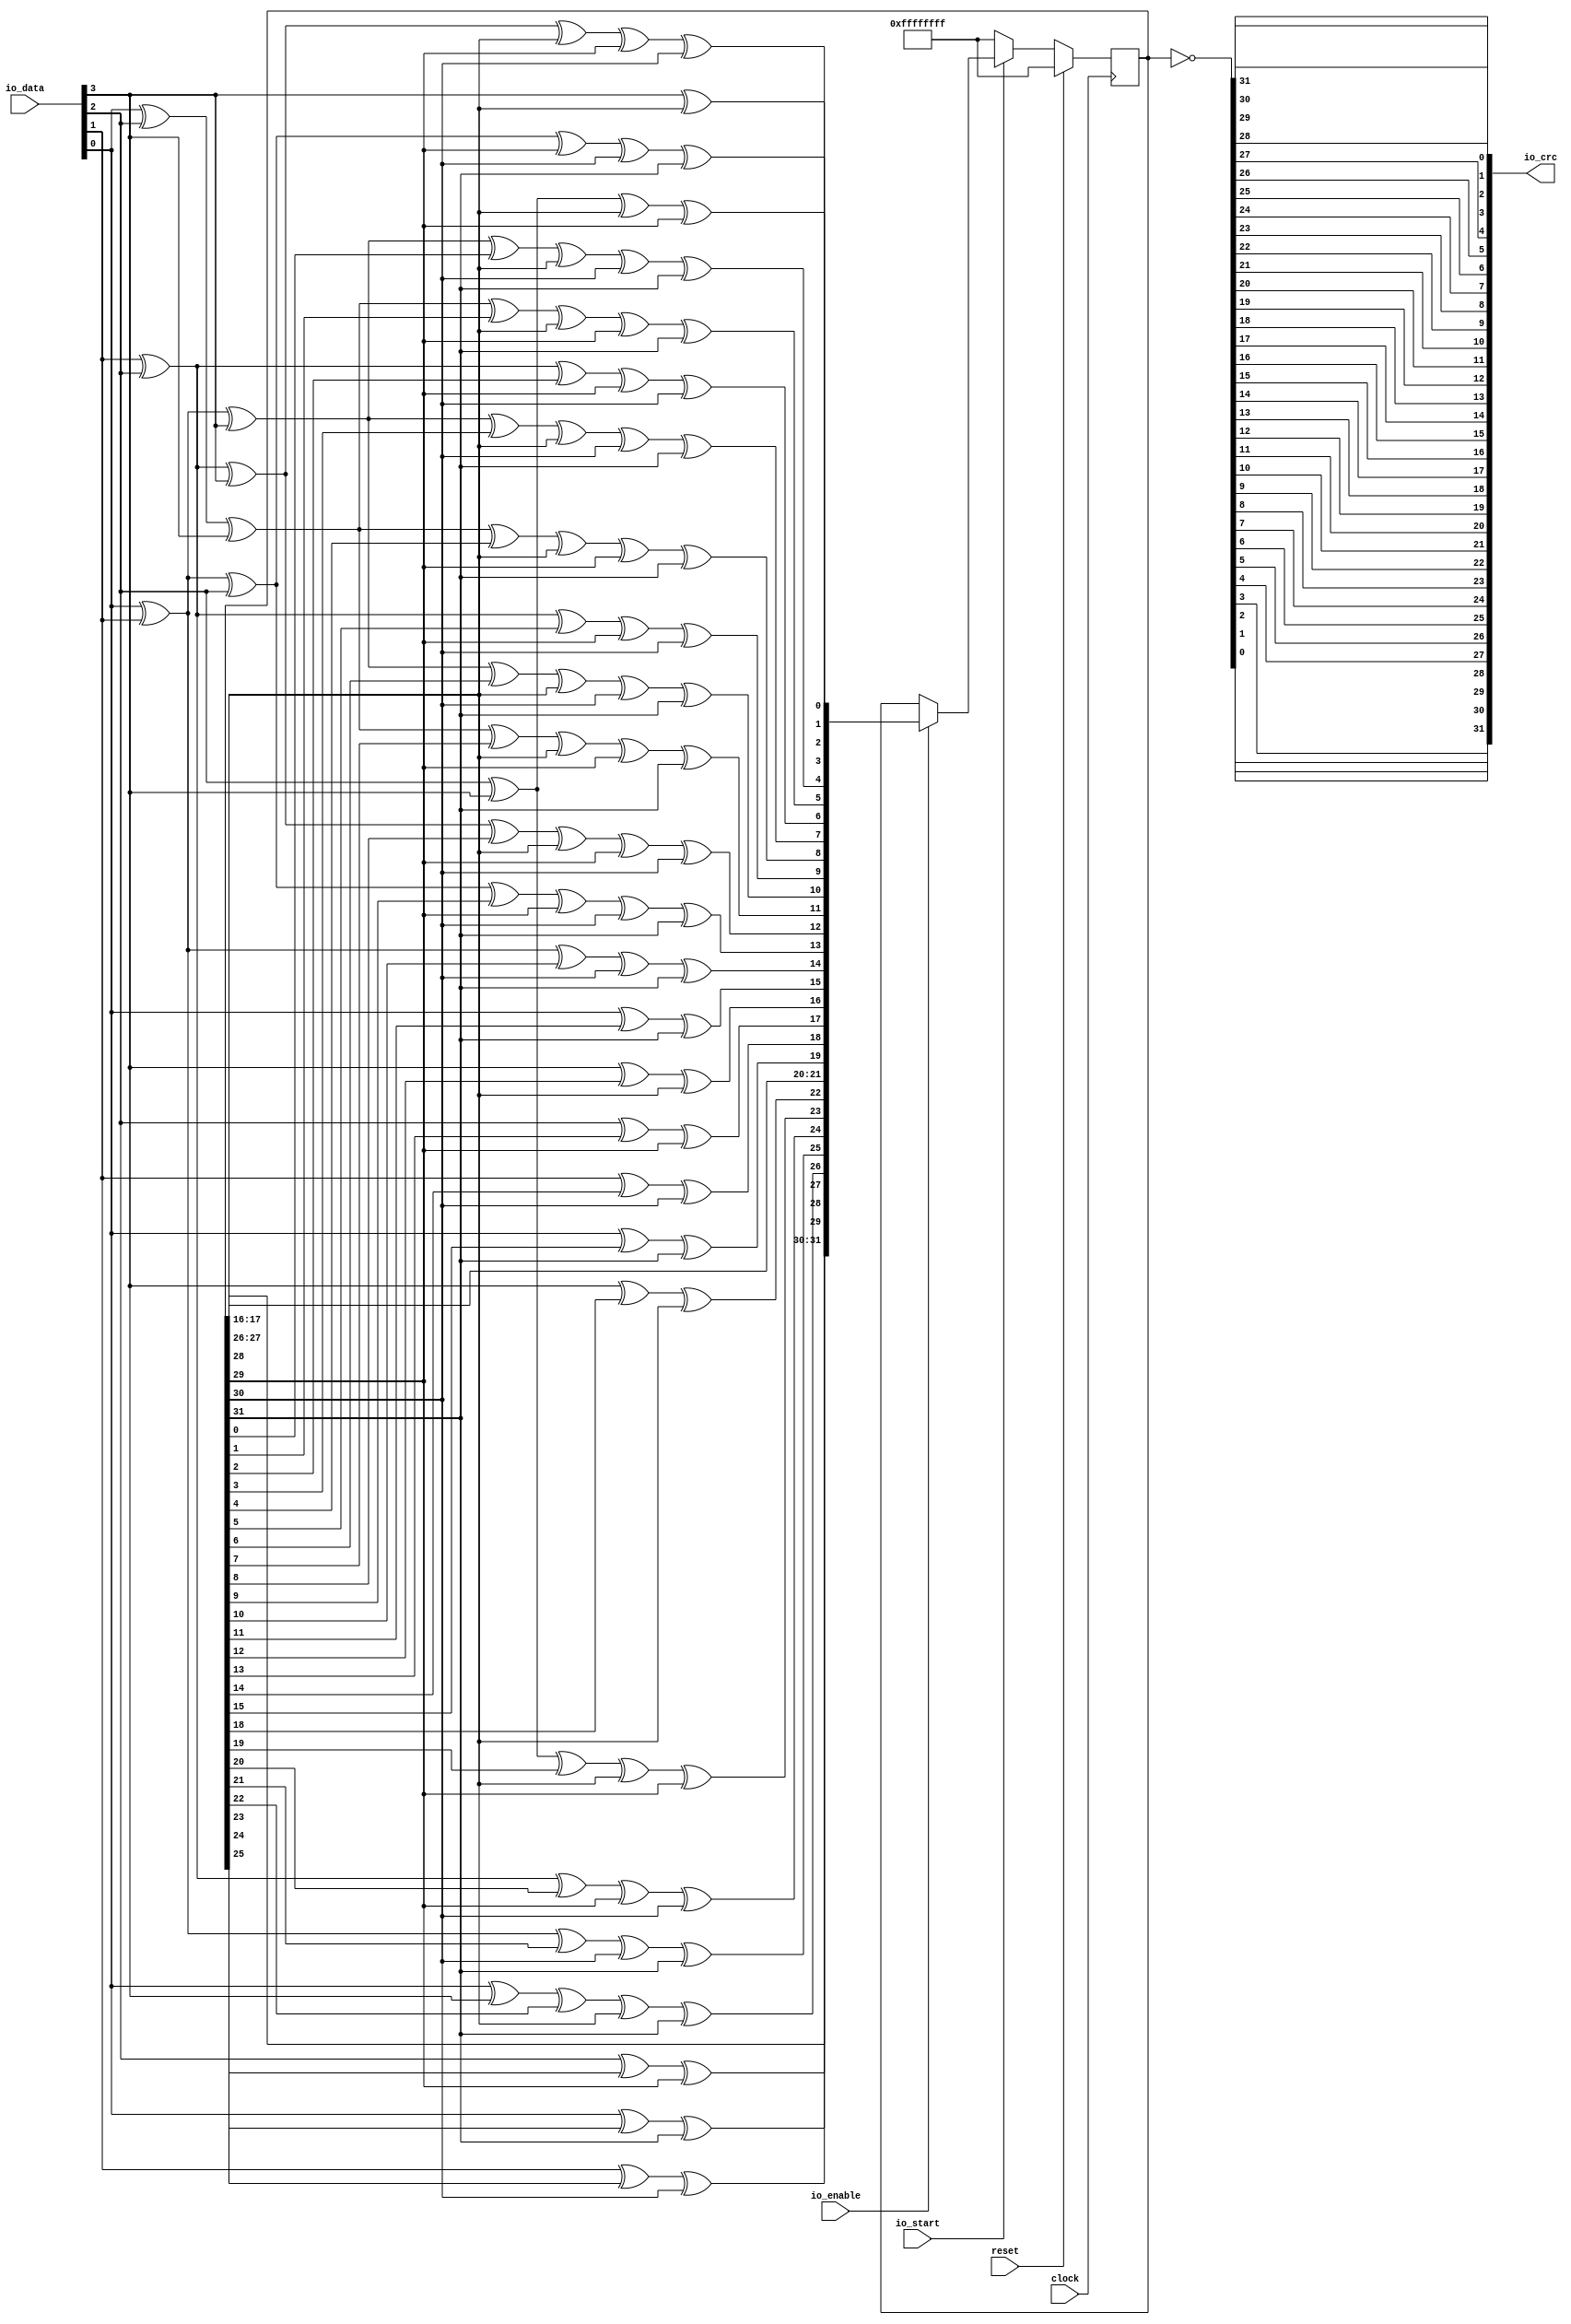
module EthCRC32_4bit(
  input         clock,
  input         reset,
  input  [3:0]  io_data,
  input         io_enable,
  input         io_start,
  output [31:0] io_crc
);
  reg [31:0] c; // @[EthFcsPadding.scala 179:18]
  wire  _T_1; // @[EthFcsPadding.scala 183:19]
  wire  _T_2; // @[EthFcsPadding.scala 183:31]
  wire  _T_3; // @[EthFcsPadding.scala 183:43]
  wire  _T_4; // @[EthFcsPadding.scala 183:54]
  wire [3:0] d; // @[Cat.scala 29:58]
  wire  _T_8; // @[EthFcsPadding.scala 185:18]
  wire  _T_9; // @[EthFcsPadding.scala 185:25]
  wire  newcrc_0; // @[EthFcsPadding.scala 185:22]
  wire  _T_11; // @[EthFcsPadding.scala 186:18]
  wire  _T_13; // @[EthFcsPadding.scala 186:22]
  wire  _T_15; // @[EthFcsPadding.scala 186:30]
  wire  _T_16; // @[EthFcsPadding.scala 186:41]
  wire  newcrc_1; // @[EthFcsPadding.scala 186:38]
  wire  _T_18; // @[EthFcsPadding.scala 187:18]
  wire  _T_20; // @[EthFcsPadding.scala 187:22]
  wire  _T_22; // @[EthFcsPadding.scala 187:30]
  wire  _T_24; // @[EthFcsPadding.scala 187:38]
  wire  _T_26; // @[EthFcsPadding.scala 187:46]
  wire  _T_27; // @[EthFcsPadding.scala 187:57]
  wire  newcrc_2; // @[EthFcsPadding.scala 187:54]
  wire  _T_29; // @[EthFcsPadding.scala 188:18]
  wire  _T_31; // @[EthFcsPadding.scala 188:22]
  wire  _T_33; // @[EthFcsPadding.scala 188:30]
  wire  _T_35; // @[EthFcsPadding.scala 188:38]
  wire  _T_37; // @[EthFcsPadding.scala 188:46]
  wire  _T_38; // @[EthFcsPadding.scala 188:57]
  wire  newcrc_3; // @[EthFcsPadding.scala 188:54]
  wire  _T_44; // @[EthFcsPadding.scala 189:30]
  wire  _T_45; // @[EthFcsPadding.scala 189:41]
  wire  _T_46; // @[EthFcsPadding.scala 189:38]
  wire  _T_48; // @[EthFcsPadding.scala 189:46]
  wire  _T_50; // @[EthFcsPadding.scala 189:54]
  wire  newcrc_4; // @[EthFcsPadding.scala 189:62]
  wire  _T_55; // @[EthFcsPadding.scala 190:22]
  wire  _T_57; // @[EthFcsPadding.scala 190:30]
  wire  _T_58; // @[EthFcsPadding.scala 190:41]
  wire  _T_59; // @[EthFcsPadding.scala 190:38]
  wire  _T_61; // @[EthFcsPadding.scala 190:46]
  wire  _T_63; // @[EthFcsPadding.scala 190:54]
  wire  newcrc_5; // @[EthFcsPadding.scala 190:62]
  wire  _T_69; // @[EthFcsPadding.scala 191:33]
  wire  _T_70; // @[EthFcsPadding.scala 191:30]
  wire  _T_72; // @[EthFcsPadding.scala 191:38]
  wire  newcrc_6; // @[EthFcsPadding.scala 191:46]
  wire  _T_80; // @[EthFcsPadding.scala 192:41]
  wire  _T_81; // @[EthFcsPadding.scala 192:38]
  wire  _T_83; // @[EthFcsPadding.scala 192:46]
  wire  _T_85; // @[EthFcsPadding.scala 192:54]
  wire  newcrc_7; // @[EthFcsPadding.scala 192:62]
  wire  _T_93; // @[EthFcsPadding.scala 193:41]
  wire  _T_94; // @[EthFcsPadding.scala 193:38]
  wire  _T_96; // @[EthFcsPadding.scala 193:46]
  wire  _T_98; // @[EthFcsPadding.scala 193:54]
  wire  newcrc_8; // @[EthFcsPadding.scala 193:62]
  wire  _T_104; // @[EthFcsPadding.scala 194:33]
  wire  _T_105; // @[EthFcsPadding.scala 194:30]
  wire  _T_107; // @[EthFcsPadding.scala 194:38]
  wire  newcrc_9; // @[EthFcsPadding.scala 194:46]
  wire  _T_115; // @[EthFcsPadding.scala 195:41]
  wire  _T_116; // @[EthFcsPadding.scala 195:38]
  wire  _T_118; // @[EthFcsPadding.scala 195:46]
  wire  _T_120; // @[EthFcsPadding.scala 195:54]
  wire  newcrc_10; // @[EthFcsPadding.scala 195:62]
  wire  _T_128; // @[EthFcsPadding.scala 196:41]
  wire  _T_129; // @[EthFcsPadding.scala 196:38]
  wire  _T_131; // @[EthFcsPadding.scala 196:46]
  wire  _T_133; // @[EthFcsPadding.scala 196:54]
  wire  newcrc_11; // @[EthFcsPadding.scala 196:62]
  wire  _T_141; // @[EthFcsPadding.scala 197:41]
  wire  _T_142; // @[EthFcsPadding.scala 197:38]
  wire  _T_144; // @[EthFcsPadding.scala 197:46]
  wire  _T_146; // @[EthFcsPadding.scala 197:54]
  wire  newcrc_12; // @[EthFcsPadding.scala 197:62]
  wire  _T_154; // @[EthFcsPadding.scala 198:41]
  wire  _T_155; // @[EthFcsPadding.scala 198:38]
  wire  _T_157; // @[EthFcsPadding.scala 198:46]
  wire  _T_159; // @[EthFcsPadding.scala 198:54]
  wire  newcrc_13; // @[EthFcsPadding.scala 198:62]
  wire  _T_165; // @[EthFcsPadding.scala 199:33]
  wire  _T_166; // @[EthFcsPadding.scala 199:30]
  wire  _T_168; // @[EthFcsPadding.scala 199:38]
  wire  newcrc_14; // @[EthFcsPadding.scala 199:46]
  wire  _T_172; // @[EthFcsPadding.scala 200:25]
  wire  _T_173; // @[EthFcsPadding.scala 200:22]
  wire  newcrc_15; // @[EthFcsPadding.scala 200:30]
  wire  _T_177; // @[EthFcsPadding.scala 201:25]
  wire  _T_178; // @[EthFcsPadding.scala 201:22]
  wire  newcrc_16; // @[EthFcsPadding.scala 201:30]
  wire  _T_182; // @[EthFcsPadding.scala 202:25]
  wire  _T_183; // @[EthFcsPadding.scala 202:22]
  wire  newcrc_17; // @[EthFcsPadding.scala 202:30]
  wire  _T_187; // @[EthFcsPadding.scala 203:25]
  wire  _T_188; // @[EthFcsPadding.scala 203:22]
  wire  newcrc_18; // @[EthFcsPadding.scala 203:30]
  wire  _T_192; // @[EthFcsPadding.scala 204:25]
  wire  _T_193; // @[EthFcsPadding.scala 204:22]
  wire  newcrc_19; // @[EthFcsPadding.scala 204:30]
  wire  newcrc_20; // @[EthFcsPadding.scala 205:18]
  wire  newcrc_21; // @[EthFcsPadding.scala 206:18]
  wire  _T_199; // @[EthFcsPadding.scala 207:25]
  wire  _T_200; // @[EthFcsPadding.scala 207:22]
  wire  newcrc_22; // @[EthFcsPadding.scala 207:30]
  wire  _T_206; // @[EthFcsPadding.scala 208:33]
  wire  _T_207; // @[EthFcsPadding.scala 208:30]
  wire  _T_209; // @[EthFcsPadding.scala 208:38]
  wire  newcrc_23; // @[EthFcsPadding.scala 208:46]
  wire  _T_215; // @[EthFcsPadding.scala 209:33]
  wire  _T_216; // @[EthFcsPadding.scala 209:30]
  wire  _T_218; // @[EthFcsPadding.scala 209:38]
  wire  newcrc_24; // @[EthFcsPadding.scala 209:46]
  wire  _T_224; // @[EthFcsPadding.scala 210:33]
  wire  _T_225; // @[EthFcsPadding.scala 210:30]
  wire  _T_227; // @[EthFcsPadding.scala 210:38]
  wire  newcrc_25; // @[EthFcsPadding.scala 210:46]
  wire  _T_232; // @[EthFcsPadding.scala 211:22]
  wire  _T_233; // @[EthFcsPadding.scala 211:33]
  wire  _T_234; // @[EthFcsPadding.scala 211:30]
  wire  _T_236; // @[EthFcsPadding.scala 211:38]
  wire  newcrc_26; // @[EthFcsPadding.scala 211:46]
  wire  _T_240; // @[EthFcsPadding.scala 212:25]
  wire  _T_241; // @[EthFcsPadding.scala 212:22]
  wire  newcrc_27; // @[EthFcsPadding.scala 212:30]
  wire  _T_245; // @[EthFcsPadding.scala 213:25]
  wire  _T_246; // @[EthFcsPadding.scala 213:22]
  wire  newcrc_28; // @[EthFcsPadding.scala 213:30]
  wire  _T_250; // @[EthFcsPadding.scala 214:25]
  wire  _T_251; // @[EthFcsPadding.scala 214:22]
  wire  newcrc_29; // @[EthFcsPadding.scala 214:30]
  wire  newcrc_30; // @[EthFcsPadding.scala 215:18]
  wire  newcrc_31; // @[EthFcsPadding.scala 216:18]
  wire  _T_256; // @[EthFcsPadding.scala 218:9]
  wire [7:0] _T_264; // @[EthFcsPadding.scala 221:25]
  wire [15:0] _T_272; // @[EthFcsPadding.scala 221:25]
  wire [7:0] _T_279; // @[EthFcsPadding.scala 221:25]
  wire [31:0] _T_288; // @[EthFcsPadding.scala 221:25]
  wire [31:0] crc_r; // @[EthFcsPadding.scala 227:12]
  wire  _T_290; // @[EthFcsPadding.scala 229:22]
  wire  _T_291; // @[EthFcsPadding.scala 229:32]
  wire  _T_292; // @[EthFcsPadding.scala 229:42]
  wire  _T_293; // @[EthFcsPadding.scala 229:52]
  wire  _T_294; // @[EthFcsPadding.scala 229:62]
  wire  _T_295; // @[EthFcsPadding.scala 229:72]
  wire  _T_296; // @[EthFcsPadding.scala 229:82]
  wire  _T_297; // @[EthFcsPadding.scala 229:92]
  wire  _T_298; // @[EthFcsPadding.scala 230:22]
  wire  _T_299; // @[EthFcsPadding.scala 230:32]
  wire  _T_300; // @[EthFcsPadding.scala 230:42]
  wire  _T_301; // @[EthFcsPadding.scala 230:52]
  wire  _T_302; // @[EthFcsPadding.scala 230:62]
  wire  _T_303; // @[EthFcsPadding.scala 230:72]
  wire  _T_304; // @[EthFcsPadding.scala 230:82]
  wire  _T_305; // @[EthFcsPadding.scala 230:92]
  wire  _T_306; // @[EthFcsPadding.scala 231:22]
  wire  _T_307; // @[EthFcsPadding.scala 231:32]
  wire  _T_308; // @[EthFcsPadding.scala 231:42]
  wire  _T_309; // @[EthFcsPadding.scala 231:52]
  wire  _T_310; // @[EthFcsPadding.scala 231:62]
  wire  _T_311; // @[EthFcsPadding.scala 231:72]
  wire  _T_312; // @[EthFcsPadding.scala 231:82]
  wire  _T_313; // @[EthFcsPadding.scala 231:92]
  wire  _T_314; // @[EthFcsPadding.scala 232:22]
  wire  _T_315; // @[EthFcsPadding.scala 232:32]
  wire  _T_316; // @[EthFcsPadding.scala 232:42]
  wire  _T_317; // @[EthFcsPadding.scala 232:52]
  wire  _T_318; // @[EthFcsPadding.scala 232:62]
  wire  _T_319; // @[EthFcsPadding.scala 232:72]
  wire  _T_320; // @[EthFcsPadding.scala 232:82]
  wire  _T_321; // @[EthFcsPadding.scala 232:92]
  wire [7:0] _T_328; // @[Cat.scala 29:58]
  wire [15:0] _T_336; // @[Cat.scala 29:58]
  wire [7:0] _T_343; // @[Cat.scala 29:58]
  wire [15:0] _T_351; // @[Cat.scala 29:58]
  assign _T_1 = io_data[0]; // @[EthFcsPadding.scala 183:19]
  assign _T_2 = io_data[1]; // @[EthFcsPadding.scala 183:31]
  assign _T_3 = io_data[2]; // @[EthFcsPadding.scala 183:43]
  assign _T_4 = io_data[3]; // @[EthFcsPadding.scala 183:54]
  assign d = {_T_1,_T_2,_T_3,_T_4}; // @[Cat.scala 29:58]
  assign _T_8 = d[0]; // @[EthFcsPadding.scala 185:18]
  assign _T_9 = c[28]; // @[EthFcsPadding.scala 185:25]
  assign newcrc_0 = _T_8 ^ _T_9; // @[EthFcsPadding.scala 185:22]
  assign _T_11 = d[1]; // @[EthFcsPadding.scala 186:18]
  assign _T_13 = _T_11 ^ _T_8; // @[EthFcsPadding.scala 186:22]
  assign _T_15 = _T_13 ^ _T_9; // @[EthFcsPadding.scala 186:30]
  assign _T_16 = c[29]; // @[EthFcsPadding.scala 186:41]
  assign newcrc_1 = _T_15 ^ _T_16; // @[EthFcsPadding.scala 186:38]
  assign _T_18 = d[2]; // @[EthFcsPadding.scala 187:18]
  assign _T_20 = _T_18 ^ _T_11; // @[EthFcsPadding.scala 187:22]
  assign _T_22 = _T_20 ^ _T_8; // @[EthFcsPadding.scala 187:30]
  assign _T_24 = _T_22 ^ _T_9; // @[EthFcsPadding.scala 187:38]
  assign _T_26 = _T_24 ^ _T_16; // @[EthFcsPadding.scala 187:46]
  assign _T_27 = c[30]; // @[EthFcsPadding.scala 187:57]
  assign newcrc_2 = _T_26 ^ _T_27; // @[EthFcsPadding.scala 187:54]
  assign _T_29 = d[3]; // @[EthFcsPadding.scala 188:18]
  assign _T_31 = _T_29 ^ _T_18; // @[EthFcsPadding.scala 188:22]
  assign _T_33 = _T_31 ^ _T_11; // @[EthFcsPadding.scala 188:30]
  assign _T_35 = _T_33 ^ _T_16; // @[EthFcsPadding.scala 188:38]
  assign _T_37 = _T_35 ^ _T_27; // @[EthFcsPadding.scala 188:46]
  assign _T_38 = c[31]; // @[EthFcsPadding.scala 188:57]
  assign newcrc_3 = _T_37 ^ _T_38; // @[EthFcsPadding.scala 188:54]
  assign _T_44 = _T_31 ^ _T_8; // @[EthFcsPadding.scala 189:30]
  assign _T_45 = c[0]; // @[EthFcsPadding.scala 189:41]
  assign _T_46 = _T_44 ^ _T_45; // @[EthFcsPadding.scala 189:38]
  assign _T_48 = _T_46 ^ _T_9; // @[EthFcsPadding.scala 189:46]
  assign _T_50 = _T_48 ^ _T_27; // @[EthFcsPadding.scala 189:54]
  assign newcrc_4 = _T_50 ^ _T_38; // @[EthFcsPadding.scala 189:62]
  assign _T_55 = _T_29 ^ _T_11; // @[EthFcsPadding.scala 190:22]
  assign _T_57 = _T_55 ^ _T_8; // @[EthFcsPadding.scala 190:30]
  assign _T_58 = c[1]; // @[EthFcsPadding.scala 190:41]
  assign _T_59 = _T_57 ^ _T_58; // @[EthFcsPadding.scala 190:38]
  assign _T_61 = _T_59 ^ _T_9; // @[EthFcsPadding.scala 190:46]
  assign _T_63 = _T_61 ^ _T_16; // @[EthFcsPadding.scala 190:54]
  assign newcrc_5 = _T_63 ^ _T_38; // @[EthFcsPadding.scala 190:62]
  assign _T_69 = c[2]; // @[EthFcsPadding.scala 191:33]
  assign _T_70 = _T_20 ^ _T_69; // @[EthFcsPadding.scala 191:30]
  assign _T_72 = _T_70 ^ _T_16; // @[EthFcsPadding.scala 191:38]
  assign newcrc_6 = _T_72 ^ _T_27; // @[EthFcsPadding.scala 191:46]
  assign _T_80 = c[3]; // @[EthFcsPadding.scala 192:41]
  assign _T_81 = _T_44 ^ _T_80; // @[EthFcsPadding.scala 192:38]
  assign _T_83 = _T_81 ^ _T_9; // @[EthFcsPadding.scala 192:46]
  assign _T_85 = _T_83 ^ _T_27; // @[EthFcsPadding.scala 192:54]
  assign newcrc_7 = _T_85 ^ _T_38; // @[EthFcsPadding.scala 192:62]
  assign _T_93 = c[4]; // @[EthFcsPadding.scala 193:41]
  assign _T_94 = _T_57 ^ _T_93; // @[EthFcsPadding.scala 193:38]
  assign _T_96 = _T_94 ^ _T_9; // @[EthFcsPadding.scala 193:46]
  assign _T_98 = _T_96 ^ _T_16; // @[EthFcsPadding.scala 193:54]
  assign newcrc_8 = _T_98 ^ _T_38; // @[EthFcsPadding.scala 193:62]
  assign _T_104 = c[5]; // @[EthFcsPadding.scala 194:33]
  assign _T_105 = _T_20 ^ _T_104; // @[EthFcsPadding.scala 194:30]
  assign _T_107 = _T_105 ^ _T_16; // @[EthFcsPadding.scala 194:38]
  assign newcrc_9 = _T_107 ^ _T_27; // @[EthFcsPadding.scala 194:46]
  assign _T_115 = c[6]; // @[EthFcsPadding.scala 195:41]
  assign _T_116 = _T_44 ^ _T_115; // @[EthFcsPadding.scala 195:38]
  assign _T_118 = _T_116 ^ _T_9; // @[EthFcsPadding.scala 195:46]
  assign _T_120 = _T_118 ^ _T_27; // @[EthFcsPadding.scala 195:54]
  assign newcrc_10 = _T_120 ^ _T_38; // @[EthFcsPadding.scala 195:62]
  assign _T_128 = c[7]; // @[EthFcsPadding.scala 196:41]
  assign _T_129 = _T_57 ^ _T_128; // @[EthFcsPadding.scala 196:38]
  assign _T_131 = _T_129 ^ _T_9; // @[EthFcsPadding.scala 196:46]
  assign _T_133 = _T_131 ^ _T_16; // @[EthFcsPadding.scala 196:54]
  assign newcrc_11 = _T_133 ^ _T_38; // @[EthFcsPadding.scala 196:62]
  assign _T_141 = c[8]; // @[EthFcsPadding.scala 197:41]
  assign _T_142 = _T_22 ^ _T_141; // @[EthFcsPadding.scala 197:38]
  assign _T_144 = _T_142 ^ _T_9; // @[EthFcsPadding.scala 197:46]
  assign _T_146 = _T_144 ^ _T_16; // @[EthFcsPadding.scala 197:54]
  assign newcrc_12 = _T_146 ^ _T_27; // @[EthFcsPadding.scala 197:62]
  assign _T_154 = c[9]; // @[EthFcsPadding.scala 198:41]
  assign _T_155 = _T_33 ^ _T_154; // @[EthFcsPadding.scala 198:38]
  assign _T_157 = _T_155 ^ _T_16; // @[EthFcsPadding.scala 198:46]
  assign _T_159 = _T_157 ^ _T_27; // @[EthFcsPadding.scala 198:54]
  assign newcrc_13 = _T_159 ^ _T_38; // @[EthFcsPadding.scala 198:62]
  assign _T_165 = c[10]; // @[EthFcsPadding.scala 199:33]
  assign _T_166 = _T_31 ^ _T_165; // @[EthFcsPadding.scala 199:30]
  assign _T_168 = _T_166 ^ _T_27; // @[EthFcsPadding.scala 199:38]
  assign newcrc_14 = _T_168 ^ _T_38; // @[EthFcsPadding.scala 199:46]
  assign _T_172 = c[11]; // @[EthFcsPadding.scala 200:25]
  assign _T_173 = _T_29 ^ _T_172; // @[EthFcsPadding.scala 200:22]
  assign newcrc_15 = _T_173 ^ _T_38; // @[EthFcsPadding.scala 200:30]
  assign _T_177 = c[12]; // @[EthFcsPadding.scala 201:25]
  assign _T_178 = _T_8 ^ _T_177; // @[EthFcsPadding.scala 201:22]
  assign newcrc_16 = _T_178 ^ _T_9; // @[EthFcsPadding.scala 201:30]
  assign _T_182 = c[13]; // @[EthFcsPadding.scala 202:25]
  assign _T_183 = _T_11 ^ _T_182; // @[EthFcsPadding.scala 202:22]
  assign newcrc_17 = _T_183 ^ _T_16; // @[EthFcsPadding.scala 202:30]
  assign _T_187 = c[14]; // @[EthFcsPadding.scala 203:25]
  assign _T_188 = _T_18 ^ _T_187; // @[EthFcsPadding.scala 203:22]
  assign newcrc_18 = _T_188 ^ _T_27; // @[EthFcsPadding.scala 203:30]
  assign _T_192 = c[15]; // @[EthFcsPadding.scala 204:25]
  assign _T_193 = _T_29 ^ _T_192; // @[EthFcsPadding.scala 204:22]
  assign newcrc_19 = _T_193 ^ _T_38; // @[EthFcsPadding.scala 204:30]
  assign newcrc_20 = c[16]; // @[EthFcsPadding.scala 205:18]
  assign newcrc_21 = c[17]; // @[EthFcsPadding.scala 206:18]
  assign _T_199 = c[18]; // @[EthFcsPadding.scala 207:25]
  assign _T_200 = _T_8 ^ _T_199; // @[EthFcsPadding.scala 207:22]
  assign newcrc_22 = _T_200 ^ _T_9; // @[EthFcsPadding.scala 207:30]
  assign _T_206 = c[19]; // @[EthFcsPadding.scala 208:33]
  assign _T_207 = _T_13 ^ _T_206; // @[EthFcsPadding.scala 208:30]
  assign _T_209 = _T_207 ^ _T_9; // @[EthFcsPadding.scala 208:38]
  assign newcrc_23 = _T_209 ^ _T_16; // @[EthFcsPadding.scala 208:46]
  assign _T_215 = c[20]; // @[EthFcsPadding.scala 209:33]
  assign _T_216 = _T_20 ^ _T_215; // @[EthFcsPadding.scala 209:30]
  assign _T_218 = _T_216 ^ _T_16; // @[EthFcsPadding.scala 209:38]
  assign newcrc_24 = _T_218 ^ _T_27; // @[EthFcsPadding.scala 209:46]
  assign _T_224 = c[21]; // @[EthFcsPadding.scala 210:33]
  assign _T_225 = _T_31 ^ _T_224; // @[EthFcsPadding.scala 210:30]
  assign _T_227 = _T_225 ^ _T_27; // @[EthFcsPadding.scala 210:38]
  assign newcrc_25 = _T_227 ^ _T_38; // @[EthFcsPadding.scala 210:46]
  assign _T_232 = _T_29 ^ _T_8; // @[EthFcsPadding.scala 211:22]
  assign _T_233 = c[22]; // @[EthFcsPadding.scala 211:33]
  assign _T_234 = _T_232 ^ _T_233; // @[EthFcsPadding.scala 211:30]
  assign _T_236 = _T_234 ^ _T_9; // @[EthFcsPadding.scala 211:38]
  assign newcrc_26 = _T_236 ^ _T_38; // @[EthFcsPadding.scala 211:46]
  assign _T_240 = c[23]; // @[EthFcsPadding.scala 212:25]
  assign _T_241 = _T_11 ^ _T_240; // @[EthFcsPadding.scala 212:22]
  assign newcrc_27 = _T_241 ^ _T_16; // @[EthFcsPadding.scala 212:30]
  assign _T_245 = c[24]; // @[EthFcsPadding.scala 213:25]
  assign _T_246 = _T_18 ^ _T_245; // @[EthFcsPadding.scala 213:22]
  assign newcrc_28 = _T_246 ^ _T_27; // @[EthFcsPadding.scala 213:30]
  assign _T_250 = c[25]; // @[EthFcsPadding.scala 214:25]
  assign _T_251 = _T_29 ^ _T_250; // @[EthFcsPadding.scala 214:22]
  assign newcrc_29 = _T_251 ^ _T_38; // @[EthFcsPadding.scala 214:30]
  assign newcrc_30 = c[26]; // @[EthFcsPadding.scala 215:18]
  assign newcrc_31 = c[27]; // @[EthFcsPadding.scala 216:18]
  assign _T_256 = io_start == 1'h0; // @[EthFcsPadding.scala 218:9]
  assign _T_264 = {newcrc_7,newcrc_6,newcrc_5,newcrc_4,newcrc_3,newcrc_2,newcrc_1,newcrc_0}; // @[EthFcsPadding.scala 221:25]
  assign _T_272 = {newcrc_15,newcrc_14,newcrc_13,newcrc_12,newcrc_11,newcrc_10,newcrc_9,newcrc_8,_T_264}; // @[EthFcsPadding.scala 221:25]
  assign _T_279 = {newcrc_23,newcrc_22,newcrc_21,newcrc_20,newcrc_19,newcrc_18,newcrc_17,newcrc_16}; // @[EthFcsPadding.scala 221:25]
  assign _T_288 = {newcrc_31,newcrc_30,newcrc_29,newcrc_28,newcrc_27,newcrc_26,newcrc_25,newcrc_24,_T_279,_T_272}; // @[EthFcsPadding.scala 221:25]
  assign crc_r = ~ c; // @[EthFcsPadding.scala 227:12]
  assign _T_290 = crc_r[0]; // @[EthFcsPadding.scala 229:22]
  assign _T_291 = crc_r[1]; // @[EthFcsPadding.scala 229:32]
  assign _T_292 = crc_r[2]; // @[EthFcsPadding.scala 229:42]
  assign _T_293 = crc_r[3]; // @[EthFcsPadding.scala 229:52]
  assign _T_294 = crc_r[4]; // @[EthFcsPadding.scala 229:62]
  assign _T_295 = crc_r[5]; // @[EthFcsPadding.scala 229:72]
  assign _T_296 = crc_r[6]; // @[EthFcsPadding.scala 229:82]
  assign _T_297 = crc_r[7]; // @[EthFcsPadding.scala 229:92]
  assign _T_298 = crc_r[8]; // @[EthFcsPadding.scala 230:22]
  assign _T_299 = crc_r[9]; // @[EthFcsPadding.scala 230:32]
  assign _T_300 = crc_r[10]; // @[EthFcsPadding.scala 230:42]
  assign _T_301 = crc_r[11]; // @[EthFcsPadding.scala 230:52]
  assign _T_302 = crc_r[12]; // @[EthFcsPadding.scala 230:62]
  assign _T_303 = crc_r[13]; // @[EthFcsPadding.scala 230:72]
  assign _T_304 = crc_r[14]; // @[EthFcsPadding.scala 230:82]
  assign _T_305 = crc_r[15]; // @[EthFcsPadding.scala 230:92]
  assign _T_306 = crc_r[16]; // @[EthFcsPadding.scala 231:22]
  assign _T_307 = crc_r[17]; // @[EthFcsPadding.scala 231:32]
  assign _T_308 = crc_r[18]; // @[EthFcsPadding.scala 231:42]
  assign _T_309 = crc_r[19]; // @[EthFcsPadding.scala 231:52]
  assign _T_310 = crc_r[20]; // @[EthFcsPadding.scala 231:62]
  assign _T_311 = crc_r[21]; // @[EthFcsPadding.scala 231:72]
  assign _T_312 = crc_r[22]; // @[EthFcsPadding.scala 231:82]
  assign _T_313 = crc_r[23]; // @[EthFcsPadding.scala 231:92]
  assign _T_314 = crc_r[24]; // @[EthFcsPadding.scala 232:22]
  assign _T_315 = crc_r[25]; // @[EthFcsPadding.scala 232:32]
  assign _T_316 = crc_r[26]; // @[EthFcsPadding.scala 232:42]
  assign _T_317 = crc_r[27]; // @[EthFcsPadding.scala 232:52]
  assign _T_318 = crc_r[28]; // @[EthFcsPadding.scala 232:62]
  assign _T_319 = crc_r[29]; // @[EthFcsPadding.scala 232:72]
  assign _T_320 = crc_r[30]; // @[EthFcsPadding.scala 232:82]
  assign _T_321 = crc_r[31]; // @[EthFcsPadding.scala 232:92]
  assign _T_328 = {_T_314,_T_315,_T_316,_T_317,_T_318,_T_319,_T_320,_T_321}; // @[Cat.scala 29:58]
  assign _T_336 = {_T_306,_T_307,_T_308,_T_309,_T_310,_T_311,_T_312,_T_313,_T_328}; // @[Cat.scala 29:58]
  assign _T_343 = {_T_298,_T_299,_T_300,_T_301,_T_302,_T_303,_T_304,_T_305}; // @[Cat.scala 29:58]
  assign _T_351 = {_T_290,_T_291,_T_292,_T_293,_T_294,_T_295,_T_296,_T_297,_T_343}; // @[Cat.scala 29:58]
  assign io_crc = {_T_351,_T_336}; // @[EthFcsPadding.scala 229:10]
  always @(posedge clock) begin
    if (reset) begin
      c <= 32'hffffffff;
    end else begin
      if (_T_256) begin
        c <= 32'hffffffff;
      end else begin
        if (io_enable) begin
          c <= _T_288;
        end
      end
    end
  end
endmodule
module EthFcsPadding_4bit(
  input        clock,
  input        reset,
  input        io_rx_en,
  input  [3:0] io_rx_dat,
  output       io_tx_en,
  output [3:0] io_tx_dat
);
  wire  crc32_d4_clock; // @[EthFcsPadding.scala 244:25]
  wire  crc32_d4_reset; // @[EthFcsPadding.scala 244:25]
  wire [3:0] crc32_d4_io_data; // @[EthFcsPadding.scala 244:25]
  wire  crc32_d4_io_enable; // @[EthFcsPadding.scala 244:25]
  wire  crc32_d4_io_start; // @[EthFcsPadding.scala 244:25]
  wire [31:0] crc32_d4_io_crc; // @[EthFcsPadding.scala 244:25]
  reg [2:0] state; // @[EthFcsPadding.scala 247:24]
  reg [7:0] counter; // @[EthFcsPadding.scala 249:28]
  reg  crc_enable; // @[EthFcsPadding.scala 250:28]
  reg [31:0] crc_out_r; // @[EthFcsPadding.scala 252:28]
  reg  tx_en; // @[EthFcsPadding.scala 253:28]
  reg [3:0] tx_dat; // @[EthFcsPadding.scala 254:28]
  reg  _T; // @[Reg.scala 15:16]
  reg  _T_1; // @[Reg.scala 15:16]
  reg  _T_2; // @[Reg.scala 15:16]
  reg  _T_3; // @[Reg.scala 15:16]
  reg  _T_4; // @[Reg.scala 15:16]
  reg  _T_5; // @[Reg.scala 15:16]
  reg  _T_6; // @[Reg.scala 15:16]
  reg  _T_7; // @[Reg.scala 15:16]
  reg  rx_valid_r5; // @[Reg.scala 15:16]
  reg [3:0] _T_8; // @[Reg.scala 15:16]
  reg [3:0] _T_9; // @[Reg.scala 15:16]
  reg [3:0] _T_10; // @[Reg.scala 15:16]
  reg [3:0] _T_11; // @[Reg.scala 15:16]
  reg [3:0] _T_12; // @[Reg.scala 15:16]
  reg [3:0] _T_13; // @[Reg.scala 15:16]
  reg [3:0] _T_14; // @[Reg.scala 15:16]
  reg [3:0] _T_15; // @[Reg.scala 15:16]
  reg [3:0] rx_data_r5; // @[Reg.scala 15:16]
  wire  _T_16; // @[Conditional.scala 37:30]
  reg  _T_17; // @[util.scala 13:42]
  wire  _T_18; // @[util.scala 13:34]
  wire  _T_19; // @[util.scala 13:31]
  wire  _T_20; // @[EthFcsPadding.scala 264:26]
  wire  _GEN_19; // @[EthFcsPadding.scala 264:37]
  wire  _GEN_22; // @[EthFcsPadding.scala 263:38]
  wire  _T_21; // @[Conditional.scala 37:30]
  wire [7:0] _T_23; // @[EthFcsPadding.scala 276:26]
  wire  _T_24; // @[EthFcsPadding.scala 277:21]
  wire  _T_25; // @[EthFcsPadding.scala 280:31]
  wire  _GEN_26; // @[EthFcsPadding.scala 280:42]
  wire  _T_26; // @[Conditional.scala 37:30]
  wire  _T_27; // @[EthFcsPadding.scala 288:13]
  wire  _T_28; // @[Conditional.scala 37:30]
  wire [31:0] crc_out; // @[EthFcsPadding.scala 317:22]
  wire [27:0] _T_29; // @[EthFcsPadding.scala 296:28]
  wire [3:0] _T_30; // @[EthFcsPadding.scala 297:24]
  wire  _T_33; // @[Conditional.scala 37:30]
  wire [27:0] _T_34; // @[EthFcsPadding.scala 301:30]
  wire  _T_37; // @[EthFcsPadding.scala 303:21]
  wire [3:0] _T_38; // @[EthFcsPadding.scala 309:28]
  EthCRC32_4bit crc32_d4 ( // @[EthFcsPadding.scala 244:25]
    .clock(crc32_d4_clock),
    .reset(crc32_d4_reset),
    .io_data(crc32_d4_io_data),
    .io_enable(crc32_d4_io_enable),
    .io_start(crc32_d4_io_start),
    .io_crc(crc32_d4_io_crc)
  );
  assign _T_16 = 3'h0 == state; // @[Conditional.scala 37:30]
  assign _T_18 = _T_17 == 1'h0; // @[util.scala 13:34]
  assign _T_19 = rx_valid_r5 & _T_18; // @[util.scala 13:31]
  assign _T_20 = rx_data_r5 == 4'h5; // @[EthFcsPadding.scala 264:26]
  assign _GEN_19 = _T_20 | tx_en; // @[EthFcsPadding.scala 264:37]
  assign _GEN_22 = _T_19 & _GEN_19; // @[EthFcsPadding.scala 263:38]
  assign _T_21 = 3'h1 == state; // @[Conditional.scala 37:30]
  assign _T_23 = counter + 8'h1; // @[EthFcsPadding.scala 276:26]
  assign _T_24 = counter == 8'hf; // @[EthFcsPadding.scala 277:21]
  assign _T_25 = rx_data_r5 == 4'hd; // @[EthFcsPadding.scala 280:31]
  assign _GEN_26 = _T_25 | crc_enable; // @[EthFcsPadding.scala 280:42]
  assign _T_26 = 3'h2 == state; // @[Conditional.scala 37:30]
  assign _T_27 = io_rx_en == 1'h0; // @[EthFcsPadding.scala 288:13]
  assign _T_28 = 3'h3 == state; // @[Conditional.scala 37:30]
  assign crc_out = crc32_d4_io_crc; // @[EthFcsPadding.scala 317:22]
  assign _T_29 = crc_out[31:4]; // @[EthFcsPadding.scala 296:28]
  assign _T_30 = crc_out[3:0]; // @[EthFcsPadding.scala 297:24]
  assign _T_33 = 3'h4 == state; // @[Conditional.scala 37:30]
  assign _T_34 = crc_out_r[31:4]; // @[EthFcsPadding.scala 301:30]
  assign _T_37 = counter == 8'h8; // @[EthFcsPadding.scala 303:21]
  assign _T_38 = crc_out_r[3:0]; // @[EthFcsPadding.scala 309:28]
  assign io_tx_en = tx_en; // @[EthFcsPadding.scala 319:13]
  assign io_tx_dat = tx_dat; // @[EthFcsPadding.scala 320:13]
  assign crc32_d4_clock = clock;
  assign crc32_d4_reset = reset;
  assign crc32_d4_io_data = rx_data_r5; // @[EthFcsPadding.scala 314:22]
  assign crc32_d4_io_enable = crc_enable; // @[EthFcsPadding.scala 315:22]
  assign crc32_d4_io_start = crc_enable; // @[EthFcsPadding.scala 316:22]
  always @(posedge clock) begin
    if (reset) begin
      state <= 3'h0;
    end else begin
      if (_T_16) begin
        if (_T_19) begin
          if (_T_20) begin
            state <= 3'h1;
          end
        end
      end else begin
        if (_T_21) begin
          if (_T_24) begin
            state <= 3'h0;
          end else begin
            if (_T_25) begin
              state <= 3'h2;
            end
          end
        end else begin
          if (_T_26) begin
            if (_T_27) begin
              state <= 3'h3;
            end
          end else begin
            if (_T_28) begin
              state <= 3'h4;
            end else begin
              if (_T_33) begin
                if (_T_37) begin
                  state <= 3'h0;
                end
              end
            end
          end
        end
      end
    end
    if (reset) begin
      counter <= 8'h0;
    end else begin
      if (_T_16) begin
        counter <= 8'h0;
      end else begin
        if (_T_21) begin
          if (_T_24) begin
            counter <= _T_23;
          end else begin
            if (_T_25) begin
              counter <= 8'h0;
            end else begin
              counter <= _T_23;
            end
          end
        end else begin
          if (_T_26) begin
            if (_T_27) begin
              counter <= 8'h0;
            end
          end else begin
            if (_T_28) begin
              counter <= _T_23;
            end else begin
              if (_T_33) begin
                if (_T_37) begin
                  counter <= 8'h0;
                end else begin
                  counter <= _T_23;
                end
              end
            end
          end
        end
      end
    end
    if (reset) begin
      crc_enable <= 1'h0;
    end else begin
      if (_T_16) begin
        crc_enable <= 1'h0;
      end else begin
        if (_T_21) begin
          if (!(_T_24)) begin
            crc_enable <= _GEN_26;
          end
        end else begin
          if (_T_26) begin
            if (_T_27) begin
              crc_enable <= 1'h0;
            end
          end
        end
      end
    end
    if (reset) begin
      crc_out_r <= 32'h0;
    end else begin
      if (!(_T_16)) begin
        if (!(_T_21)) begin
          if (!(_T_26)) begin
            if (_T_28) begin
              crc_out_r <= {{4'd0}, _T_29};
            end else begin
              if (_T_33) begin
                crc_out_r <= {{4'd0}, _T_34};
              end
            end
          end
        end
      end
    end
    if (reset) begin
      tx_en <= 1'h0;
    end else begin
      if (_T_16) begin
        tx_en <= _GEN_22;
      end else begin
        if (!(_T_21)) begin
          if (!(_T_26)) begin
            if (!(_T_28)) begin
              if (_T_33) begin
                if (_T_37) begin
                  tx_en <= 1'h0;
                end
              end
            end
          end
        end
      end
    end
    if (reset) begin
      tx_dat <= 4'h0;
    end else begin
      if (_T_16) begin
        if (_T_19) begin
          if (_T_20) begin
            tx_dat <= rx_data_r5;
          end
        end else begin
          tx_dat <= 4'h0;
        end
      end else begin
        if (_T_21) begin
          tx_dat <= rx_data_r5;
        end else begin
          if (_T_26) begin
            tx_dat <= rx_data_r5;
          end else begin
            if (_T_28) begin
              tx_dat <= _T_30;
            end else begin
              if (_T_33) begin
                if (_T_37) begin
                  tx_dat <= 4'h0;
                end else begin
                  tx_dat <= _T_38;
                end
              end
            end
          end
        end
      end
    end
    _T <= io_rx_en;
    _T_1 <= _T;
    _T_2 <= _T_1;
    _T_3 <= _T_2;
    _T_4 <= _T_3;
    _T_5 <= _T_4;
    _T_6 <= _T_5;
    _T_7 <= _T_6;
    rx_valid_r5 <= _T_7;
    _T_8 <= io_rx_dat;
    _T_9 <= _T_8;
    _T_10 <= _T_9;
    _T_11 <= _T_10;
    _T_12 <= _T_11;
    _T_13 <= _T_12;
    _T_14 <= _T_13;
    _T_15 <= _T_14;
    rx_data_r5 <= _T_15;
    _T_17 <= rx_valid_r5;
  end
endmodule